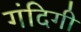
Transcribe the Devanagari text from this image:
गंदिगी